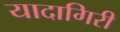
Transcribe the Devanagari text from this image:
यादागिरी